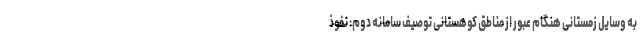
به وسایل زمستانی هنگام عبور از مناطق کوهستانی توصیف سامانه دوم: نفوذ